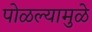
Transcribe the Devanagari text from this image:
पोळल्यामुळे